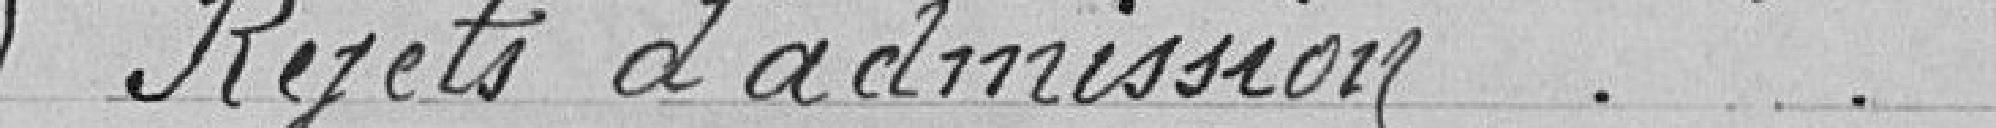
Rejets d'admission...................................................5